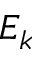
E _ { k }